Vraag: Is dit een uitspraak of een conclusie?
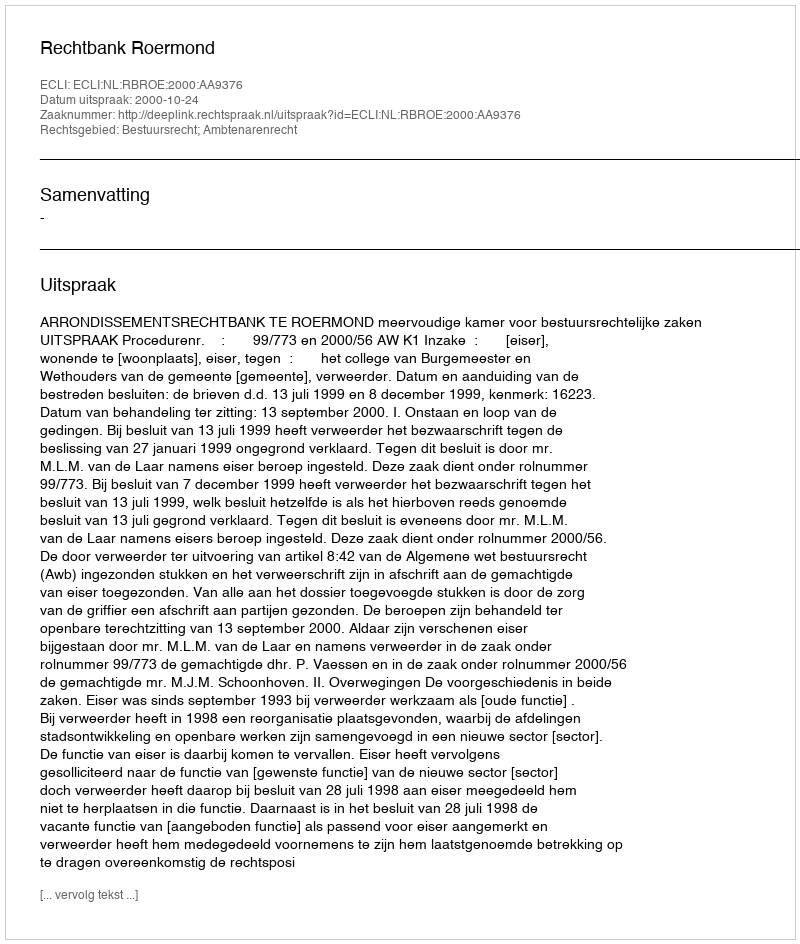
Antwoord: Uitspraak